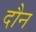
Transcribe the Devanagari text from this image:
दौन